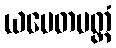
ယမေတမတ္ထံ